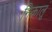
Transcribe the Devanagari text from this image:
निकालूं